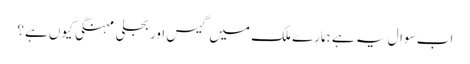
اب سوال یہ ہے ہمارے ملک میں گیس اور بجلی مہنگی کیوں ہے؟